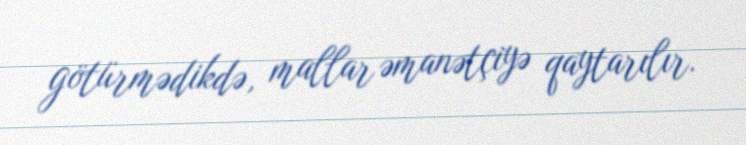
götürmədikdə, mallar əmanətçiyə qaytarılır.